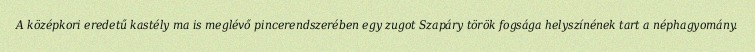
A középkori eredetű kastély ma is meglévő pincerendszerében egy zugot Szapáry török fogsága helyszínének tart a néphagyomány.